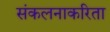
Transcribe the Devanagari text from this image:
संकलनाकरिता